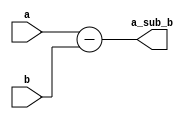
module subtractor #(
    parameter Nbr = 4
) (
    a,
    b,
    a_sub_b
);
    input [(2*Nbr-1):0] a;
    input [(2*Nbr-1):0] b;
    output [(2*Nbr-1):0] a_sub_b;

    assign a_sub_b = a - b;
    
endmodule